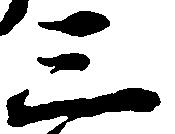
三